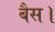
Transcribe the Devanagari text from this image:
बैस।